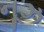
નૂઝ